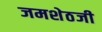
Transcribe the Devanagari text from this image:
जमशेठजी